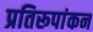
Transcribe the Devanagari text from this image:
प्रतिरूपांकन